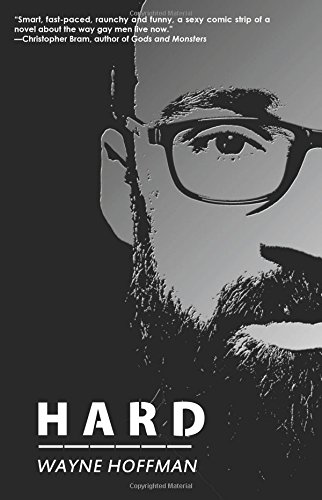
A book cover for Hard; Wayne Hoffman; Romance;